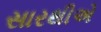
સારથીએ